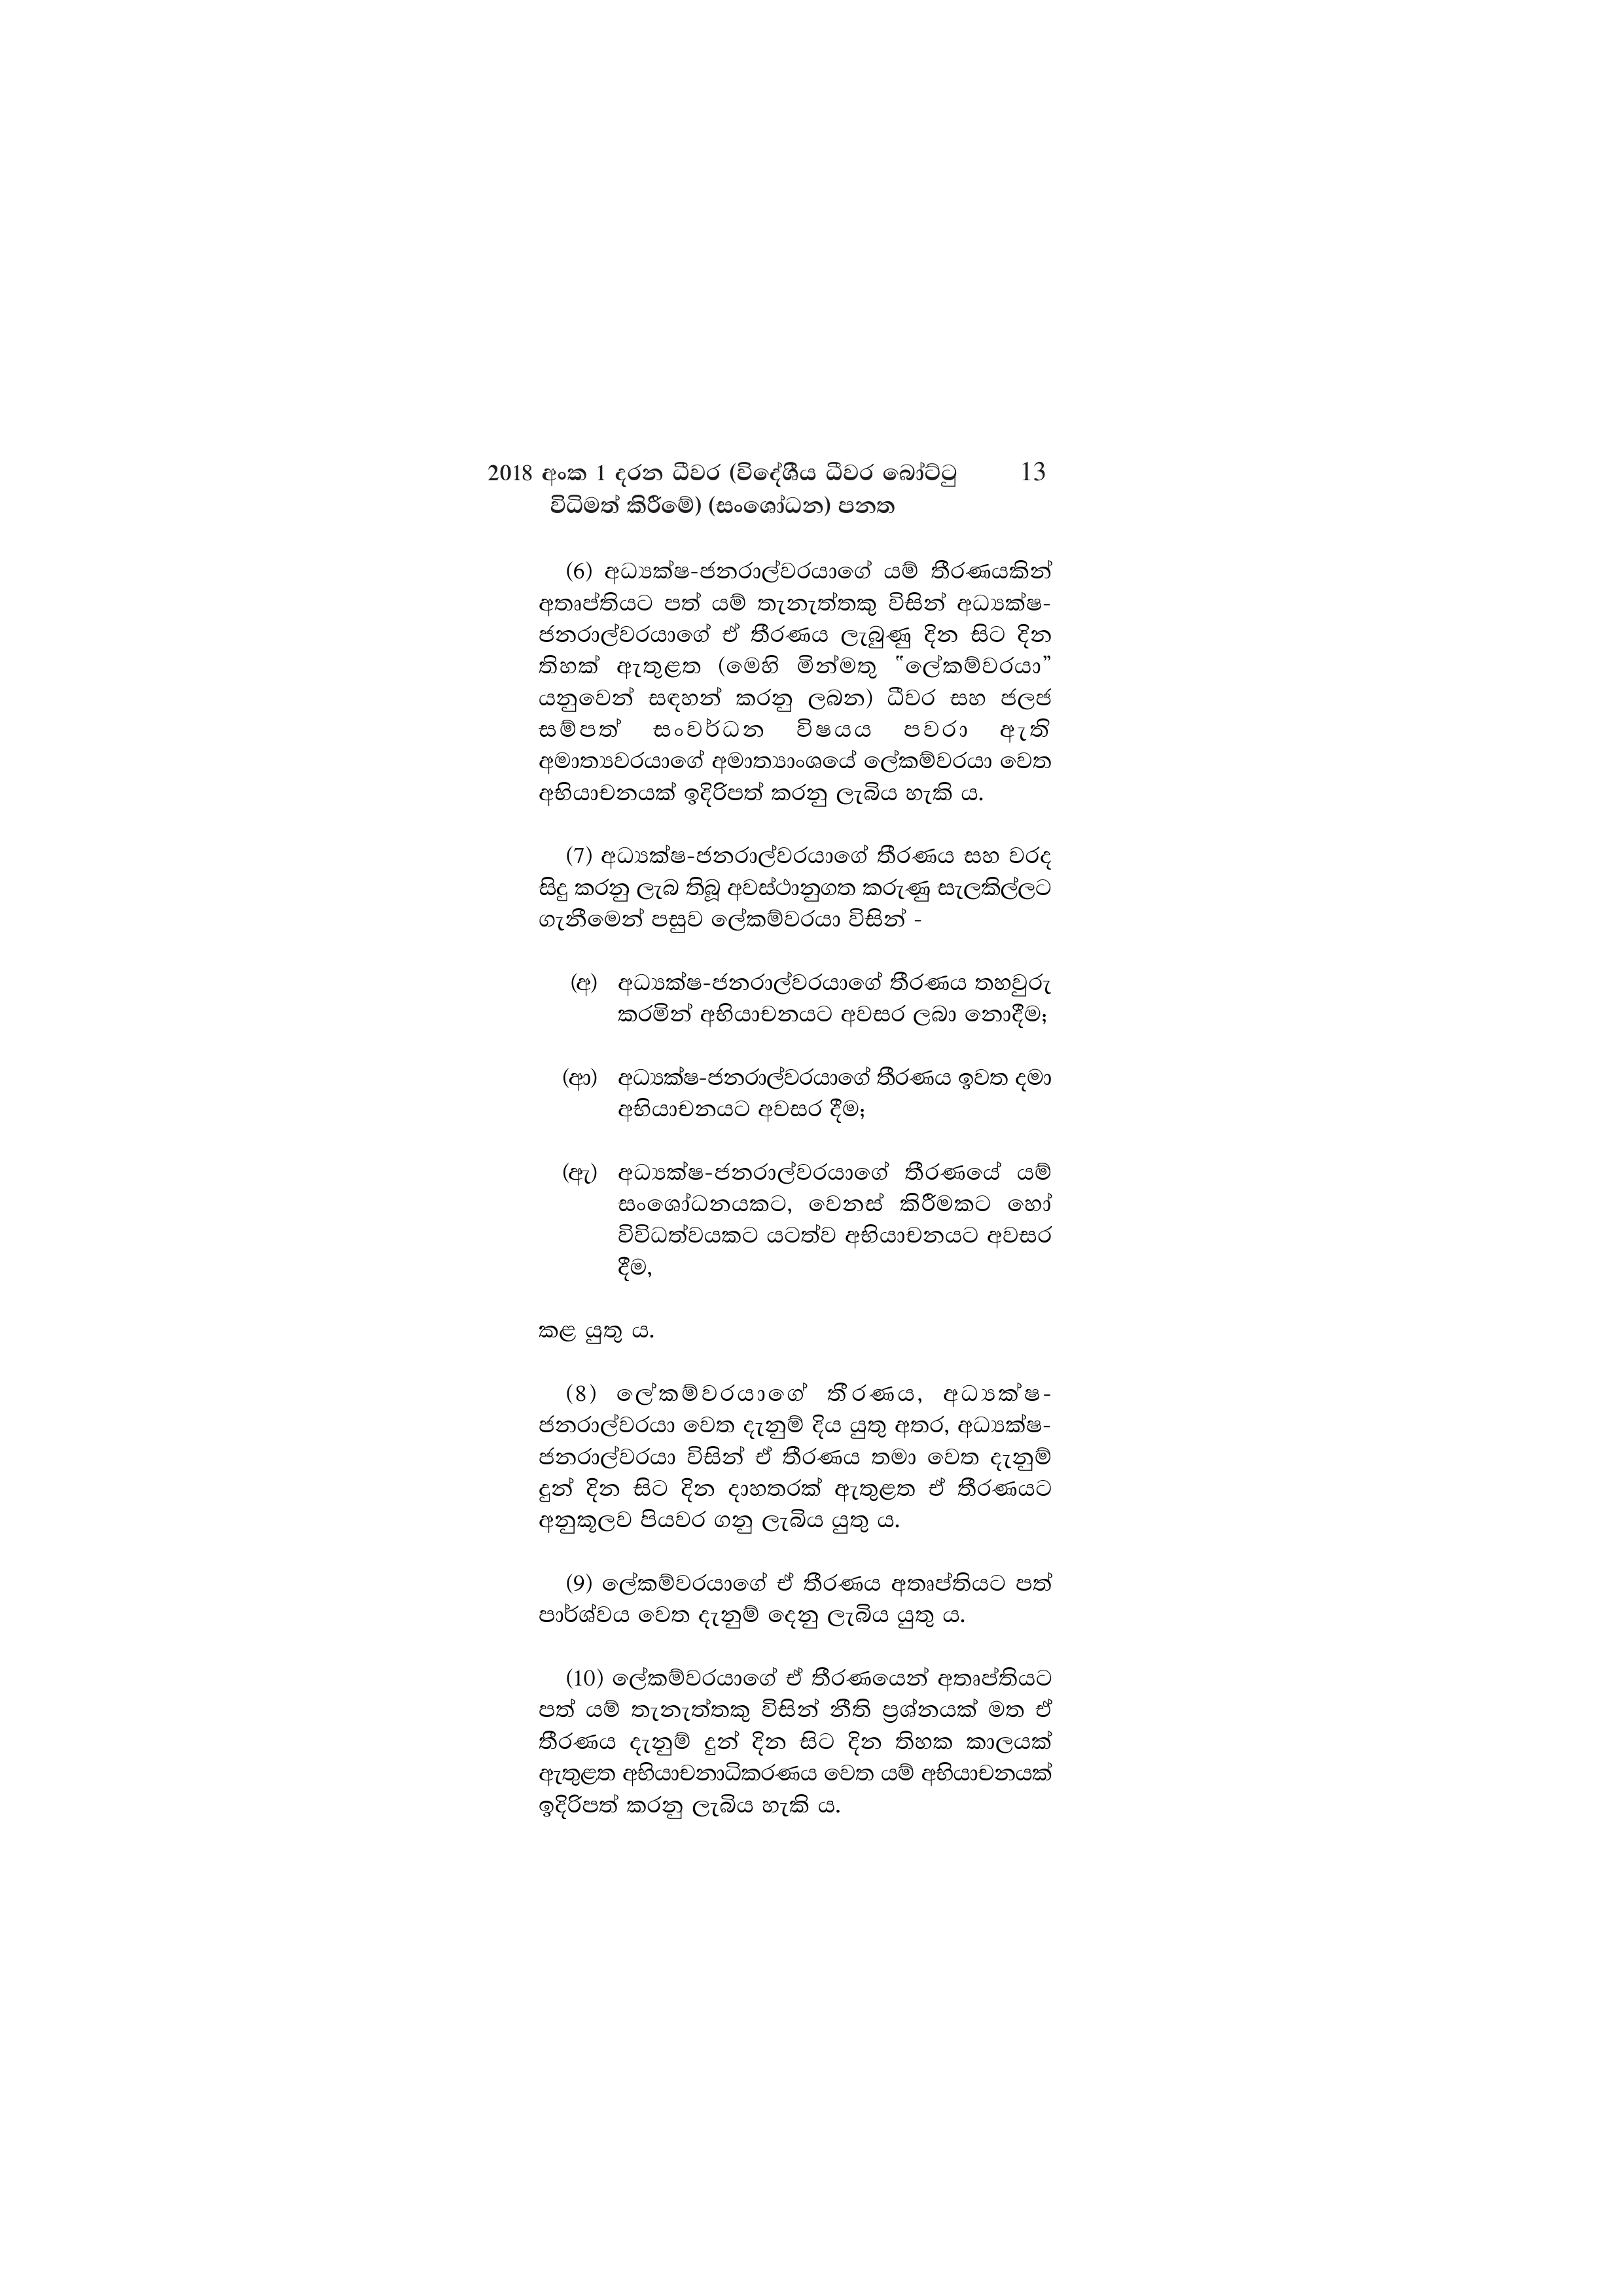
2018 අංක 1 දරන ධීවර (විදේශීය ධීවර බෝට්ටු 13
විධිමත් කිරීමේ) (සංශෝධන) පනත

(6) අධ්‍යක්ෂ-ජනරාල්වරයාගේ යම් තීරණයකින්
අතෘප්තියට පත් යම් තැනැත්තකු විසින් අධ්‍යක්ෂ-
ජනරාල්වරයාගේ ඒ තීරණය ලැබුණු දින සිට දින
තිහක් ඇතුළත (මෙහි මින්මතු "ලේකම්වරයා”
යනුවෙන් සඳහන් කරනු ලබන) ධීවර සහ ජලජ
සම්පත සංවර්ධන විෂයය පවරා ඇති
අමාත්‍යවරයාගේ අමාත්‍යාංශයේ ලේකම්වරයා වෙත
අභියාචනයක් ඉදිරිපත් කරනු ලැබිය හැකි ය.

(7) අධ්‍යක්ෂ-ජනරාල්වරයාගේ තීරණය සහ වරද
සිදු කරනු ලැබ තිබූ අවස්ථානුගත කරුණු සැලකිල්ලට
ගැනීමෙන් පසුව ලේකම්වරයා විසින් -

(අ) අධ්‍යක්ෂ-ජනරාල්වරයාගේ තීරණය තහවුරු
කරමින් අභියාචනයට අවසර ලබා නොදීම;

(ආ) අධ්‍යක්ෂ-ජනරාල්වරයාගේ තීරණය ඉවත දමා
අභියාචනයට අවසර දීම;

(ඇ) අධ්‍යක්ෂ-ජනරාල්වරයාගේ තීරණයේ යම්
සංශෝධනයකට, වෙනස් කිරීමකට හෝ
විවිධත්වයකට යටත්ව අභියාචනයට අවසර
දීම,

කළ යුතු ය.

(8) ලේකම්වරයාගේ තීරණය, අධ්‍යක්ෂ-
ජනරාල්වරයා වෙත දැනුම් දිය යුතු අතර, අධ්‍යක්ෂ-
ජනරාල්වරයා විසින් ඒ තීරණය තමා වෙත දැනුම්
දුන් දින සිට දින දාහතරක් ඇතුළත ඒ තීරණයට
අනුකූලව පියවර ගනු ලැබිය යුතු ය.

(9) ලේකම්වරයාගේ ඒ තීරණය අතෘප්තියට පත්
පාර්ශ්වය වෙත දැනුම් දෙනු ලැබිය යුතු ය.

(10) ලේකම්වරයාගේ ඒ තීරණයෙන් අතෘප්තියට
පත් යම් තැනැත්තකු විසින් නීති ප්‍රශ්නයක් මත ඒ
තීරණය දැනුම් දුන් දින සිට දින තිහක කාලයක්
ඇතුළත අභියාචනාධිකරණය වෙත යම් අභියාචනයක්
ඉදිරිපත් කරනු ලැබිය හැකි ය.